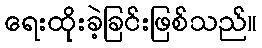
ရေးထိုးခဲ့ခြင်းဖြစ်သည်။